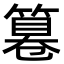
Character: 篹